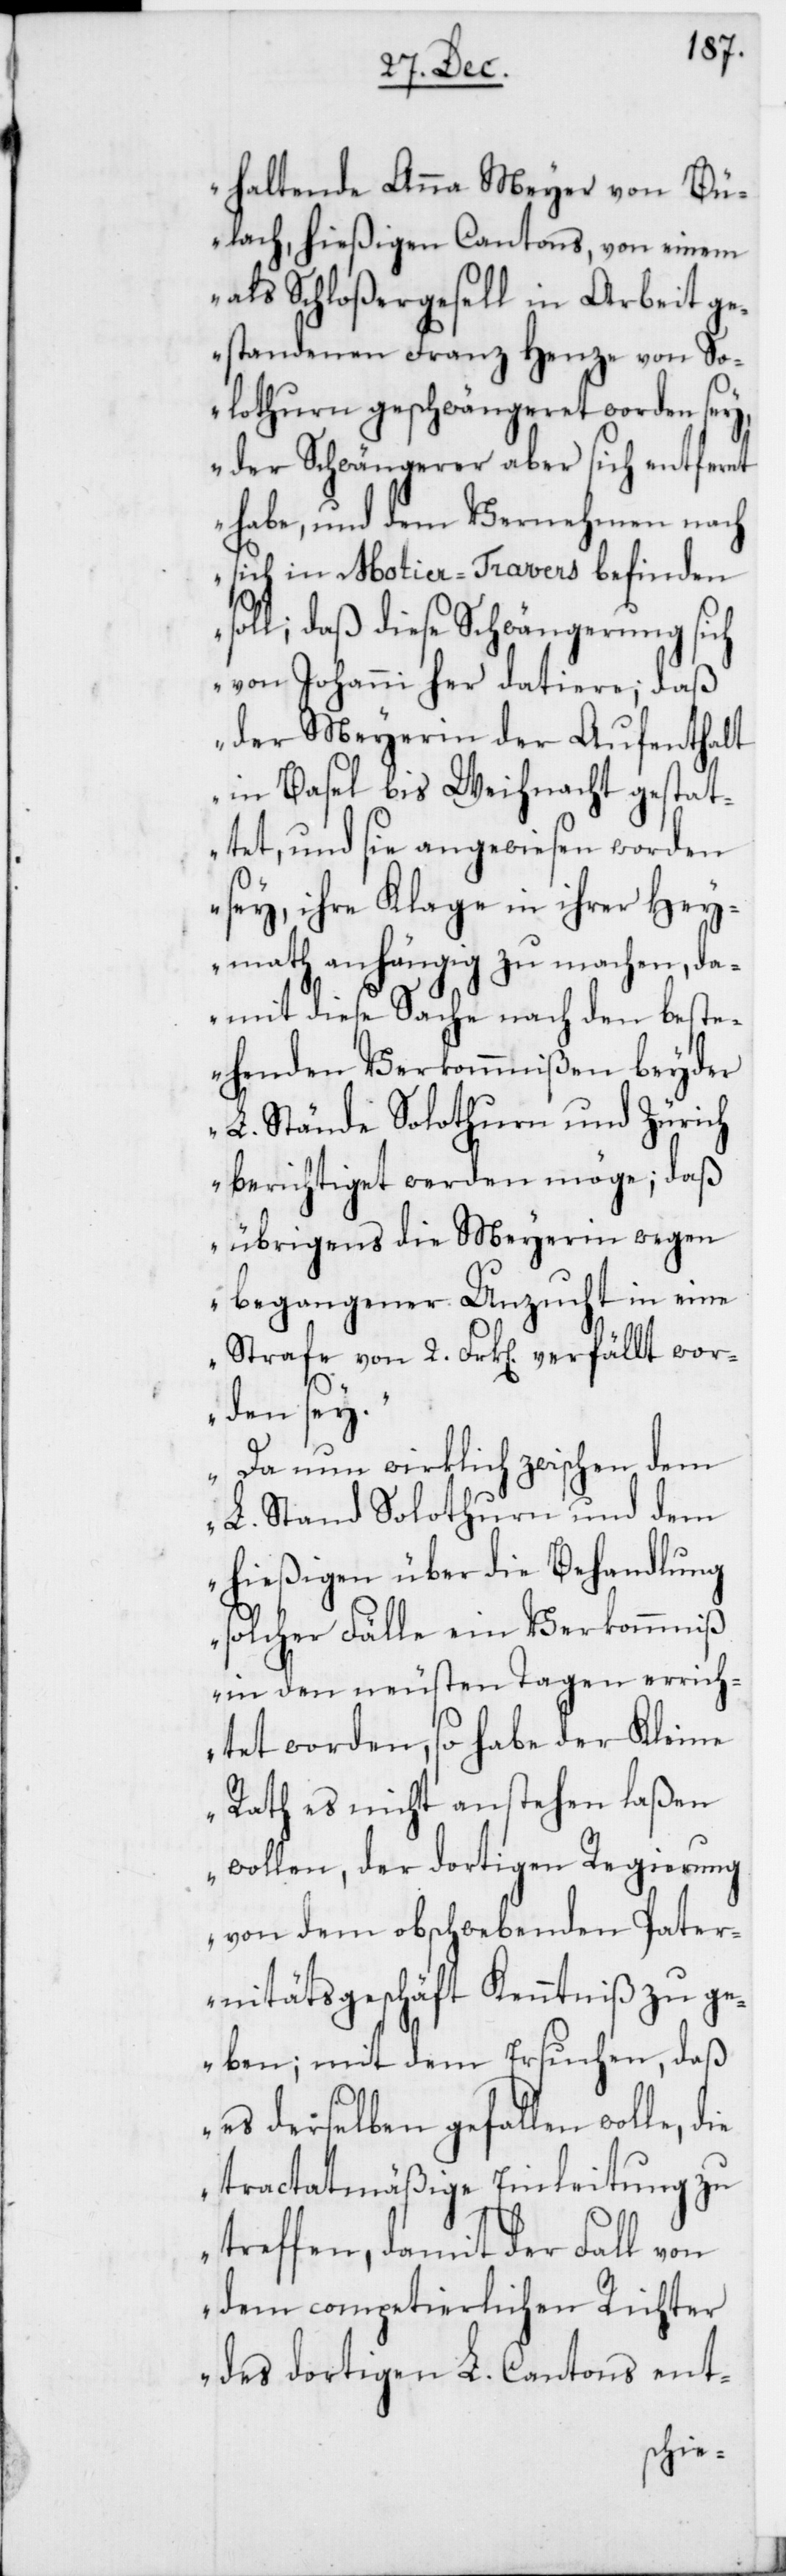
haltende Anna Meyer von Bü¬
lach, hießigen Cantons, von einem
als Schloßergesell in Arbeit ge¬
standenen Franz Henze von So¬
lothurn geschwängeret worden sey,
der Schwängerer aber sich entfernt
habe, und dem Vernehmen nach
sich in Motier-Travers befinden
soll; daß diese Schwängerung sich
von Johanni her datiere; daß
der Meyerin der Aufenthalt
in Basel bis Weihnacht gestat¬
tet, und sie angewiesen worden
sey, ihre Klage in ihrer Hey¬
math anhängig zu machen, da¬
mit diese Sache nach den best¬
ehenden Verkommnissen beyder
L. Stände Solothurn und Zürich
berichtiget werden möge; daß
übrigens die Meyerin wegen
begangener Unzucht in eine
Strafe von 2. Frk[en]. verfällt wor¬
den sey.
Da nun wirklich zwischen dem
L. Stand Solothurn und dem
hießigen über die Behandlung
solcher Fälle ein Verkommniß
in den neusten Tagen errich¬
tet worden, so habe der Kleine
Rath es nicht anstehen laßen
wollen, der dortigen Regierung
von dem obschwebenden Pater¬
nitätsgeschäft Kenntniß zu ge¬
ben; mit dem Ersuchen, daß
es derselben gefallen wolle,
tractatmäßige Einleitung zu
treffen, damit der Fall von
dem competierlichen Richter
des dortigen L. Cantons ent-